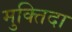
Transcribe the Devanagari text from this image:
मुक्‍तिदा